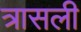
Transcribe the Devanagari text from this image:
त्रासली